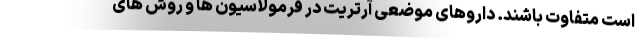
است متفاوت باشند. داروهای موضعی آرتریت در فرمولاسیون ها و روش های